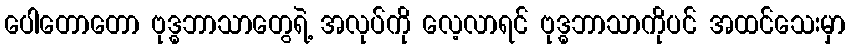
ပေါတောတော ဗုဒ္ဓဘာသာတွေရဲ့ အလုပ်ကို လေ့လာရင် ဗုဒ္ဓဘာသာကိုပင် အထင်သေးမှာ